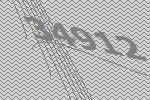
34912